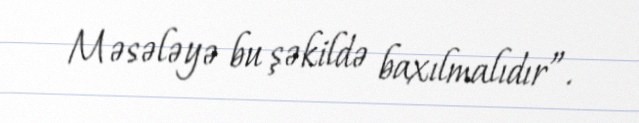
Məsələyə bu şəkildə baxılmalıdır”.